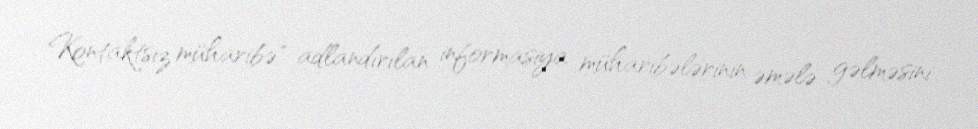
Kontaktsız müharibə" adlandırılan informasiya müharibələrinin əmələ gəlməsini